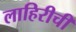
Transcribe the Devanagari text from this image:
लाहिरीची